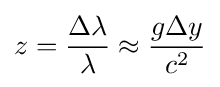
z={\frac {\Delta \lambda }{\lambda }}\approx {\frac {g\Delta y}{c^{2}}}